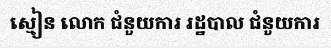
ស្មៀន លោក ជំនួយការ រដ្ឋបាល ជំនួយការ